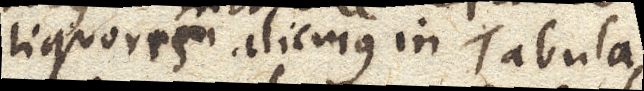
liquoris alicujus in Tabula